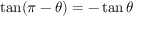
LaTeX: \tan ( \pi - \theta ) = - \tan \theta